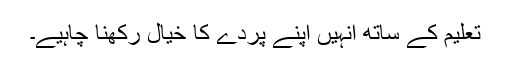
تعلیم کے ساتھ انہیں اپنے پردے کا خیال رکھنا چاہیے۔